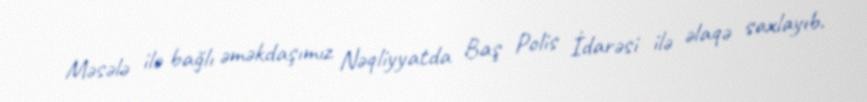
Məsələ ilə bağlı əməkdaşımız Nəqliyyatda Baş Polis İdarəsi ilə əlaqə saxlayıb.